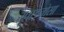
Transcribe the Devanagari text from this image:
स्पाइनोसा